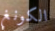
الكونغ